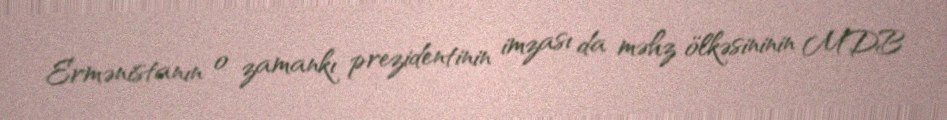
Ermənistanın o zamankı prezidentinin imzası da məhz ölkəsininin MDB